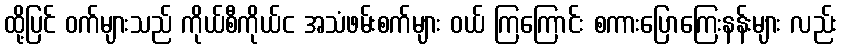
ထို့ပြင် ဝက်များသည် ကိုယ်စီကိုယ်င အသံဖမ်းစက်များ ဝယ် ကြကြောင်း စကားပြောကြေးနန်းများ လည်း